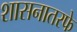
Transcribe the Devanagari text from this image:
शासनातरफे